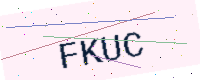
Text: FKUC